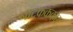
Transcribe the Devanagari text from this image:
नाटकककार